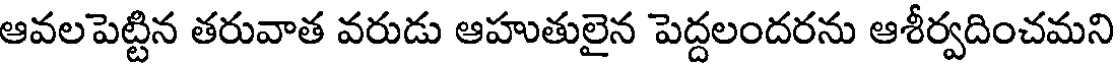
ఆవలపెట్టిన తరువాత వరుడు ఆహుతులైన పెద్దలందరను ఆశీర్వదించమని